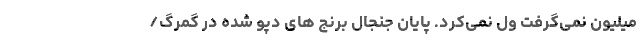
میلیون نمی‌گرفت ول نمی‌کرد. پایان جنجال برنج های دپو شده در گمرگ/